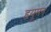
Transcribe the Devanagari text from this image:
हृयूमन